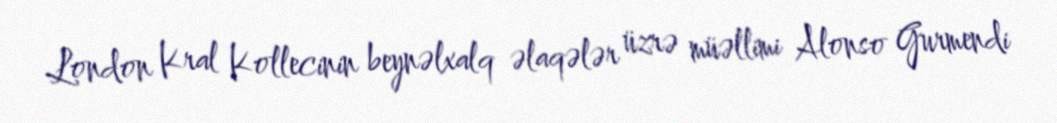
London Kral Kollecinin beynəlxalq əlaqələr üzrə müəllimi Alonso Gurmendi